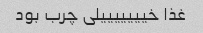
غذا خیییییییلی چرب بود